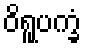
ဝိရူပက္ခံ